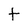
Character: t